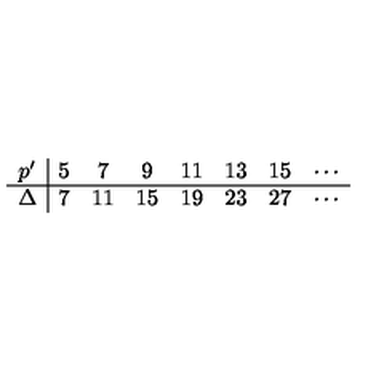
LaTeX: \begin{array} { c | c c c c c c c c } { p ^ { \prime } } & { 5 } & { 7 } & { 9 } & { 1 1 } & { 1 3 } & { 1 5 } & { \cdots } \\ \hline { \Delta } & { 7 } & { 1 1 } & { 1 5 } & { 1 9 } & { 2 3 } & { 2 7 } & { \cdots } \\ \end{array}